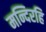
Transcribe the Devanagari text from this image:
मन्दिरहि